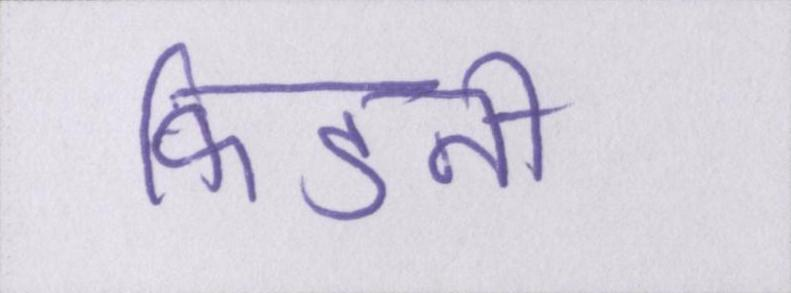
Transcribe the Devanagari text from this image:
किडनी